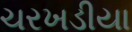
ચરખડીયા